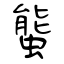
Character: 螚